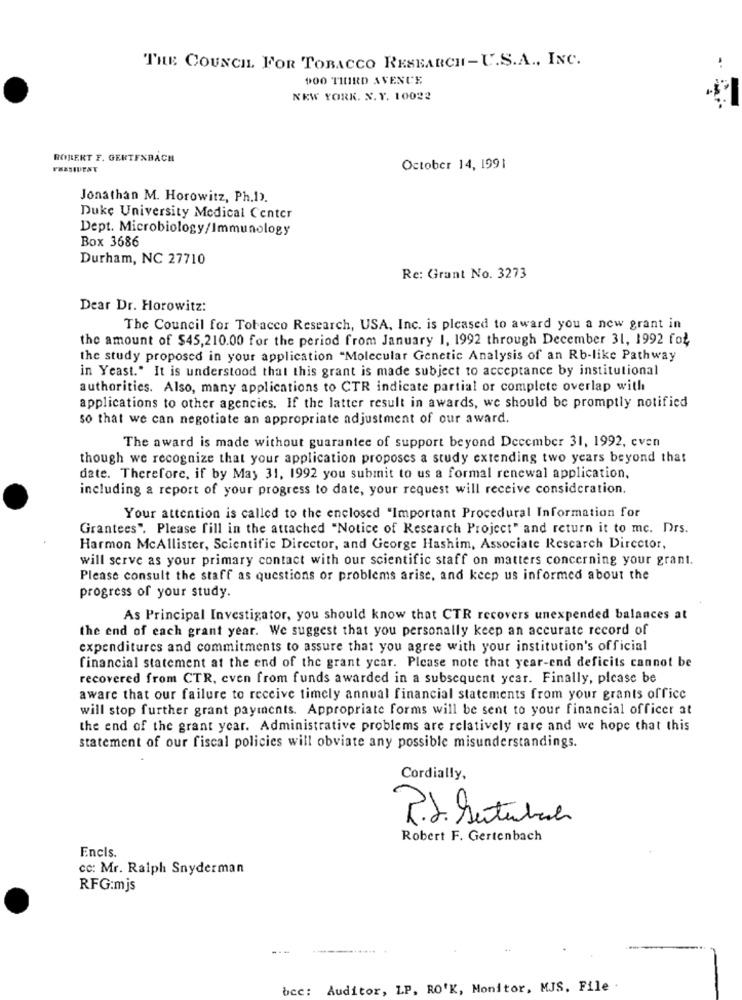
THE COUNCIL. FOR TOBACCO RESEARCH-U.S.A ., INC.
900 TIURD AVENCE
NEW YORK. X. Y. 10022
ROBERT F. GERTENBACH
PRESIDENT
October 14, 1991
Jonathan M. Horowitz, Ph.1).
Duke University Medical Center
Dept. Microbiology/Immunology
Box 3686
Durham, NC 27710
Re: Grant No. 3273
Dear Dr. Horowitz:
The Council for Tobacco Research, USA, Inc. is pleased to award you a new grant in
the amount of $45,210.00 for the period from January 1, 1992 through December 31, 1992 fox
the study proposed in your application "Molecular Genetic Analysis of an Rb-like Pathway
in Yeast." It is understood that this grant is made subject to acceptance by institutional
authorities. Also, many applications to CTR indicate partial or complete overlap with
applications to other agencies. If the latter result in awards, we should be promptly notified
so that we can negotiate an appropriate adjustment of our award.
The award is made without guarantee of support beyond December 31, 1992, even
though we recognize that your application proposes a study extending two years beyond that
date. Therefore, if by May 31, 1992 you submit to us a formal renewal application,
including a report of your progress to date, your request will receive consideration.
Your attention is called to the enclosed "Important Procedural Information for
Grantees". Please fill in the attached "Notice of Research Project" and return it to mc. Drs.
Harmon McAllister, Scientific Director, and George Hashim, Associate Research Director,
will serve as your primary contact with our scientific staff on matters concerning your grant.
Please consult the staff as questions or problems arise, and keep us informed about the
progress of your study.
As Principal Investigator, you should know that CTR recovers unexpended balances at
the end of each grant year. We suggest that you personally keep an accurate record of
expenditures and commitments to assure that you agree with your institution's official
financial statement at the end of the grant ycar. Please note that year-end deficits cannot be
recovered from CTR, even from funds awarded in a subsequent year. Finally, please be
aware that our failure to receive timely annual financial statements from your grants office
will stop further grant payments. Appropriate forms will be sent to your financial officer at
the end of the grant ycar. Administrative problems are relatively rare and we hope that this
statement of our fiscal policies will obviate any possible misunderstandings.
Cordially,
P.S. Setubach
Robert F. Gertenbach
Encls.
cc: Mr. Ralph Snyderman
RFG:mjs
---
----
bcc: Auditor, LP. RO'K, Monitor, MJS. File